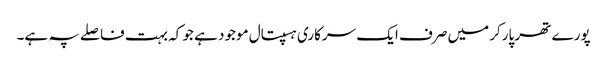
پورے تھر پارکر میں صرف ایک سرکاری ہسپتال موجود ہے جو کہ بہت فاصلے پہ ہے۔